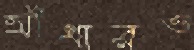
আঁধারও